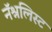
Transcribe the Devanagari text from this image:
नॅश्नलिस्ट